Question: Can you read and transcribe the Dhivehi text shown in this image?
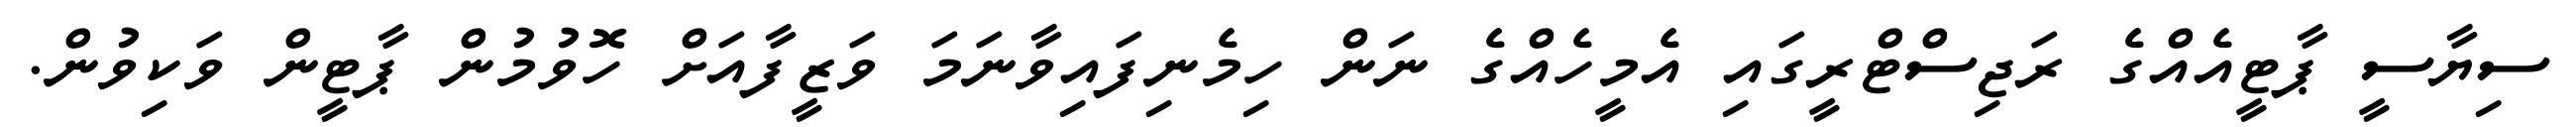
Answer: ސިޔާސީ ޕާޓީއެއްގެ ރަޖިސްޓްރީގައި އެމީހެއްގެ ނަން ހިމެނިފައިވާނަމަ ވަޒީފާއަށް ހޮވުމުން ޕާޓީން ވަކިވުން.